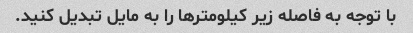
با توجه به فاصله زیر کیلومترها را به مایل تبدیل کنید.